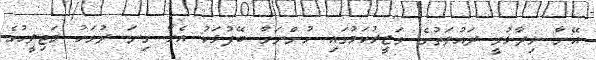
އޭނާ ވިދާޅުވީ ދައުލަތުގެ ވަޒީރުކަމުގައި ހުންނަވާ ބޭފުޅަކު އެހާ ގިނަ ދުވަހު މަޖިލީހުގެ